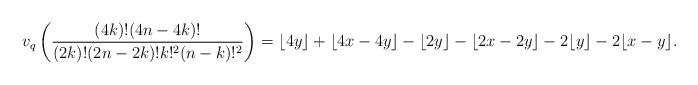
LaTeX: \begin{align*}v_q\left( \frac{(4k)!(4n-4k)!}{(2k)!(2n-2k)!k!^2(n-k)!^2} \right) &= \lfloor 4y \rfloor + \lfloor 4x-4y \rfloor - \lfloor 2y \rfloor - \lfloor 2x-2y \rfloor - 2\lfloor y \rfloor -2\lfloor x-y \rfloor. \end{align*}